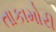
તાકામોરી